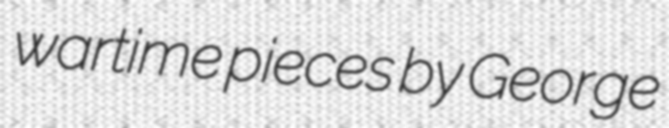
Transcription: wartime pieces by George